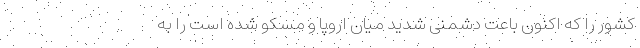
کشور را که اکنون باعت دشمنی شدید میان اروپا و مسکو شده است را به